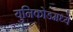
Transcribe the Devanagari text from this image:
युनिकोडमध्‍ये